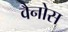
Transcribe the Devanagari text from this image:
वैनोस